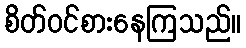
စိတ်ဝင်စားနေကြသည်။